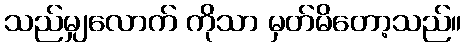
သည်မျှလောက် ကိုသာ မှတ်မိတော့သည်။